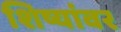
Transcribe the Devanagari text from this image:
शिष्यांवर